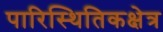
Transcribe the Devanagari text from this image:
पारिस्थितिकक्षेत्र